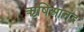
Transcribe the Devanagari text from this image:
ऋषिआनंद